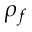
\rho _ { f }